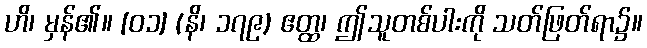
ဟိ၊ မှန်၏။ [၀၁] (နိ၊ ၁၇၉) ဧတ္ထ၊ ဤသူတစ်ပါးကို သတ်ဖြတ်ရာ၌။